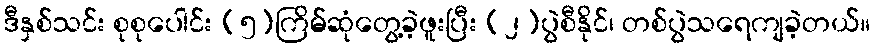
ဒီနှစ်သင်း စုစုပေါင်း (၅)ကြိမ်ဆုံတွေ့ခဲ့ဖူးပြီး (၂)ပွဲစီနိုင်၊ တစ်ပွဲသရေကျခဲ့တယ်။